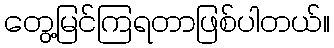
တွေ့မြင်ကြရတာဖြစ်ပါတယ်။